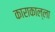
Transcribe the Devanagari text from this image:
काराकाल्ला